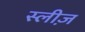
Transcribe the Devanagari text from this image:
स्लीज़